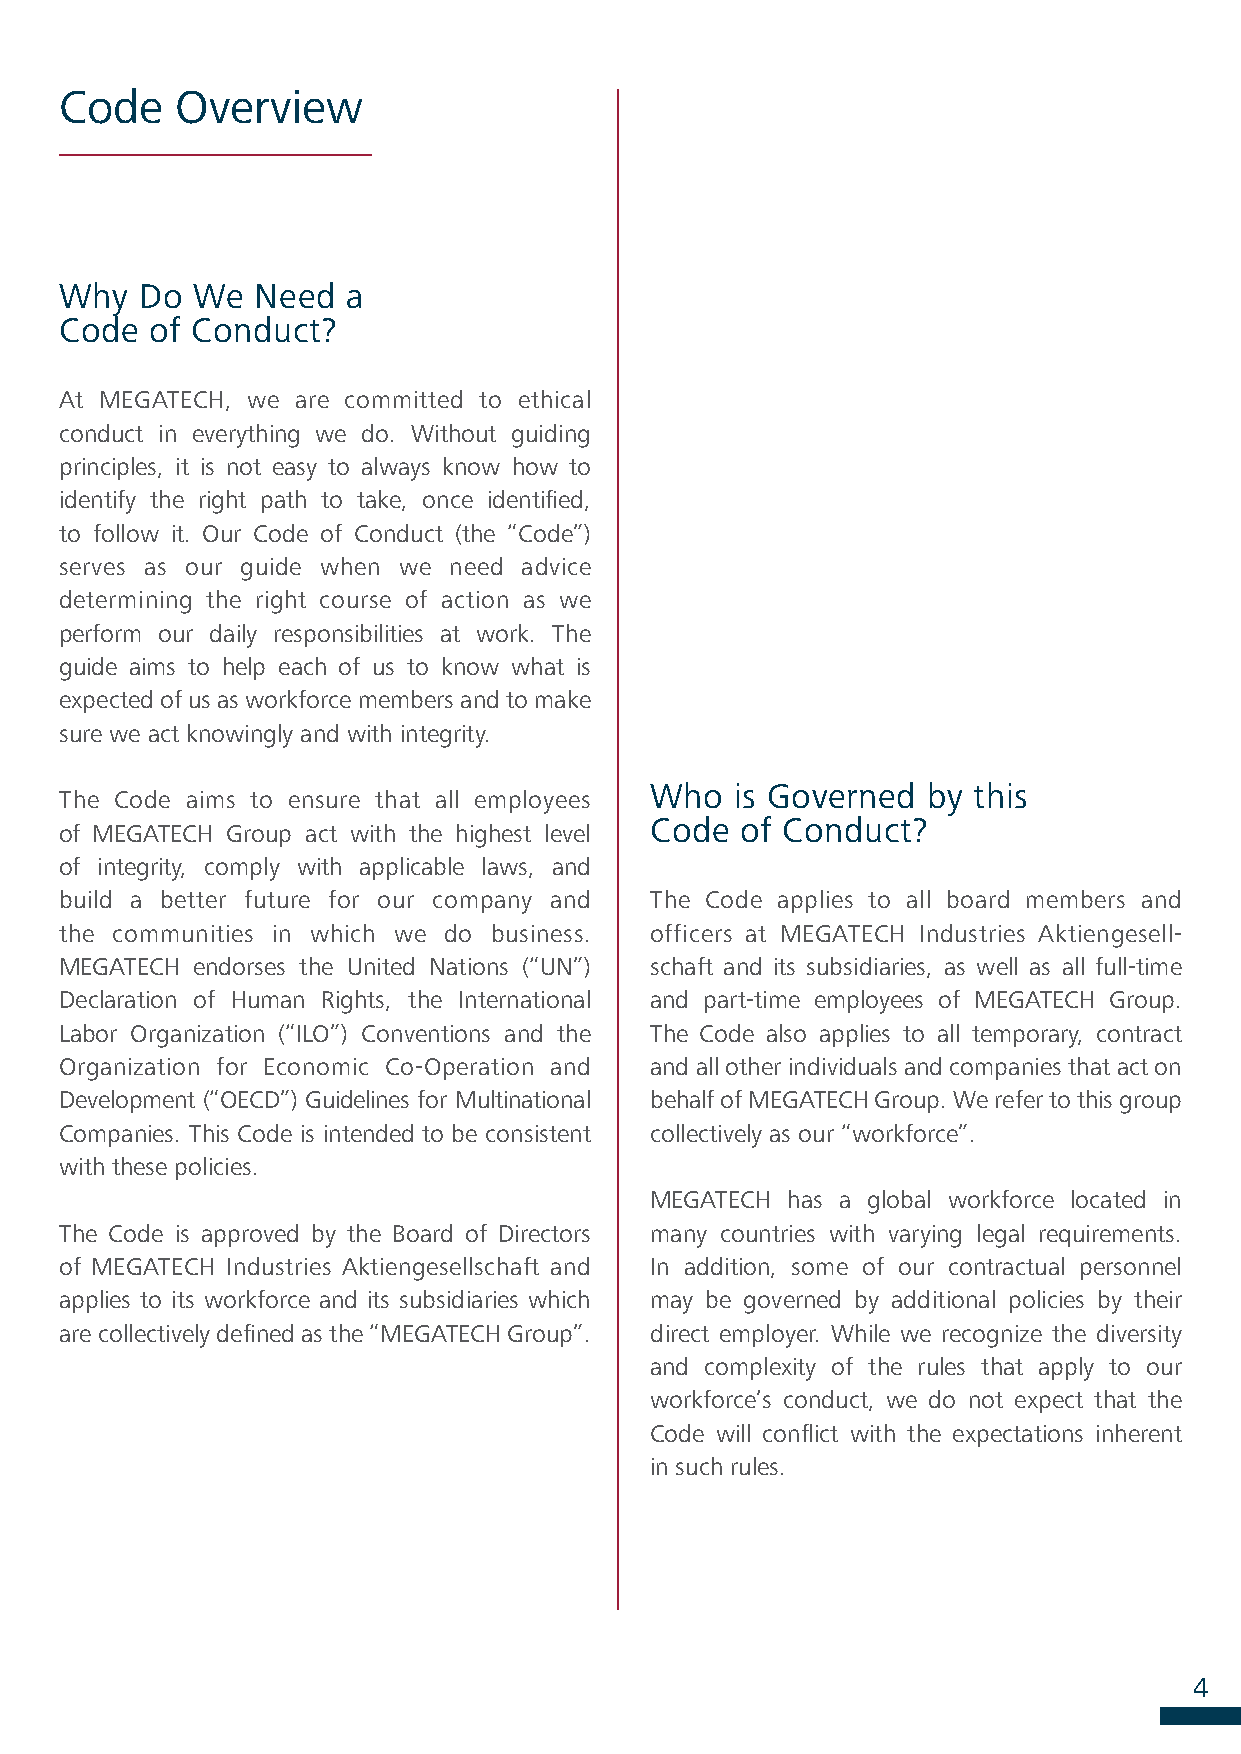
Code    Overview
 Why  Do  We  Need  a
 Code  of Conduct?
 At MEGATECH, we are committed to ethical
 conduct in everything we do. Without guiding
 principles, it is not easy to always know how to
 identify the right path to take, once identified,
 to follow it. Our Code of Conduct (the “Code”)
 serves as our guide when we need advice
 determining the right course of action as we
 perform our daily responsibilities at work. The
 guide aims to help each of us to know what is
 expected of us as workforce members and to make
 sure we act knowingly and with integrity.
 Who   is Governed by this
 The Code aims to ensure that all employees
 Code  of Conduct?
 of MEGATECH Group act with the highest level
 of integrity, comply with applicable laws, and
 build a better future for our company and The Code applies to all board members and
 the communities in which we do business. officers at MEGATECH Industries Aktiengesell-
 MEGATECH endorses the United Nations (“UN”) schaft and its subsidiaries, as well as all full-time
 Declaration of Human Rights, the International and part-time employees of MEGATECH Group.
 Labor Organization (“ILO”) Conventions and the The Code also applies to all temporary, contract
 Organization for Economic Co-Operation and and all other individuals and companies that act on
 Development (“OECD”) Guidelines for Multinational behalf of MEGATECH Group. We refer to this group
 Companies. This Code is intended to be consistent collectively as our “workforce”.
 with these policies.
 MEGATECH has a global workforce located in
 The Code is approved by the Board of Directors many countries with varying legal requirements.
 of MEGATECH Industries Aktiengesellschaft and In addition, some of our contractual personnel
 applies to its workforce and its subsidiaries which may be governed by additional policies by their
 are collectively defined as the “MEGATECH Group”. direct employer. While we recognize the diversity
 and complexity of the rules that apply to our
 workforce’s conduct, we do not expect that the
 Code will conflict with the expectations inherent
 in such rules.
 4